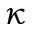
\kappa